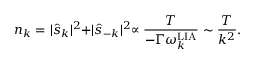
n _ { k } = \lvert \hat { s } _ { k } \lvert ^ { 2 } + \lvert \hat { s } _ { - k } \lvert ^ { 2 } \propto \frac { T } { - \Gamma \omega _ { k } ^ { \mathrm { L I A } } } \sim \frac { T } { k ^ { 2 } } .